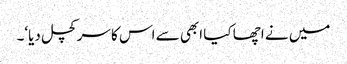
میں نے اچھا کیا ابھی سے اس کا سر کچل دیا‘۔